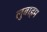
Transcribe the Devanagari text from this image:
लुबाहम